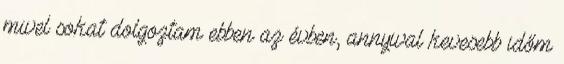
mivel sokat dolgoztam ebben az évben, annyival kevesebb időm